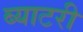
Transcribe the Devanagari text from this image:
ब्याटरी